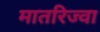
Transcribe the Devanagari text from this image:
मातरिज्वा